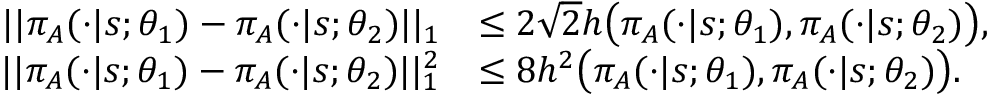
\begin{array} { r l } { | | \pi _ { A } ( \cdot | s ; \theta _ { 1 } ) - \pi _ { A } ( \cdot | s ; \theta _ { 2 } ) | | _ { 1 } } & { \leq 2 \sqrt { 2 } h \big ( \pi _ { A } ( \cdot | s ; \theta _ { 1 } ) , \pi _ { A } ( \cdot | s ; \theta _ { 2 } ) \big ) , } \\ { | | \pi _ { A } ( \cdot | s ; \theta _ { 1 } ) - \pi _ { A } ( \cdot | s ; \theta _ { 2 } ) | | _ { 1 } ^ { 2 } } & { \leq 8 h ^ { 2 } \big ( \pi _ { A } ( \cdot | s ; \theta _ { 1 } ) , \pi _ { A } ( \cdot | s ; \theta _ { 2 } ) \big ) . } \end{array}